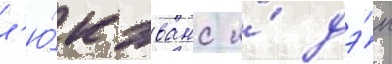
л'ю́к эванс и́ дэ́н